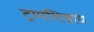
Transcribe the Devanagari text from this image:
ट्रम्पशिवाय